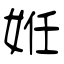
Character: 姙